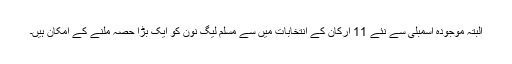
البتہ موجودہ اسمبلی سے نئے 11 ارکان کے انتخابات میں سے مسلم لیگ نون کو ایک بڑا حصہ ملنے کے امکان ہیں۔